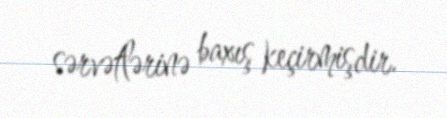
sərvətlərinə baxış keçirmişdir.